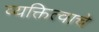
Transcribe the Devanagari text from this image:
व्यक्तित्वाचे